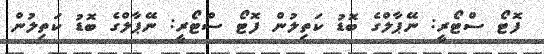
ފޮޓޯ ސްޓޯރީ: ނޭޕާލްގެ ބޮޑު ކަތިލުން ފޮޓޯ ސްޓޯރީ: ނޭޕާލްގެ ބޮޑު ކަތިލުން